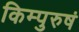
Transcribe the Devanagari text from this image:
किम्पुरुषं